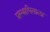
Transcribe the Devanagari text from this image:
प्रस्थापिताला